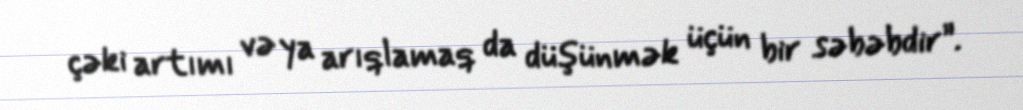
çəki artımı və ya arıqlamaq da düşünmək üçün bir səbəbdir”.